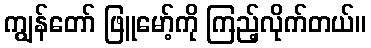
ကျွန်တော် ဖြူမော့်ကို ကြည့်လိုက်တယ်။